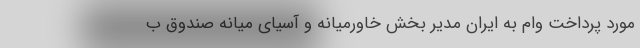
مورد پرداخت وام به ایران مدیر بخش خاورمیانه و آسیای میانه صندوق ب